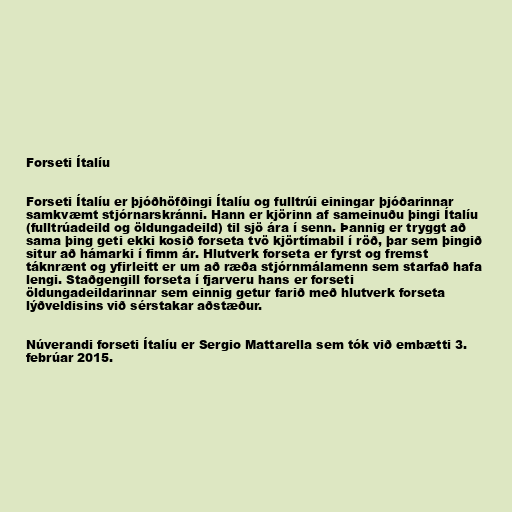
Forseti Ítalíu

Forseti Ítalíu er þjóðhöfðingi Ítalíu og fulltrúi einingar þjóðarinnar
samkvæmt stjórnarskránni. Hann er kjörinn af sameinuðu þingi Ítalíu
(fulltrúadeild og öldungadeild) til sjö ára í senn. Þannig er tryggt að
sama þing geti ekki kosið forseta tvö kjörtímabil í röð, þar sem þingið
situr að hámarki í fimm ár. Hlutverk forseta er fyrst og fremst
táknrænt og yfirleitt er um að ræða stjórnmálamenn sem starfað hafa
lengi. Staðgengill forseta í fjarveru hans er forseti
öldungadeildarinnar sem einnig getur farið með hlutverk forseta
lýðveldisins við sérstakar aðstæður.

Núverandi forseti Ítalíu er Sergio Mattarella sem tók við embætti 3.
febrúar 2015.